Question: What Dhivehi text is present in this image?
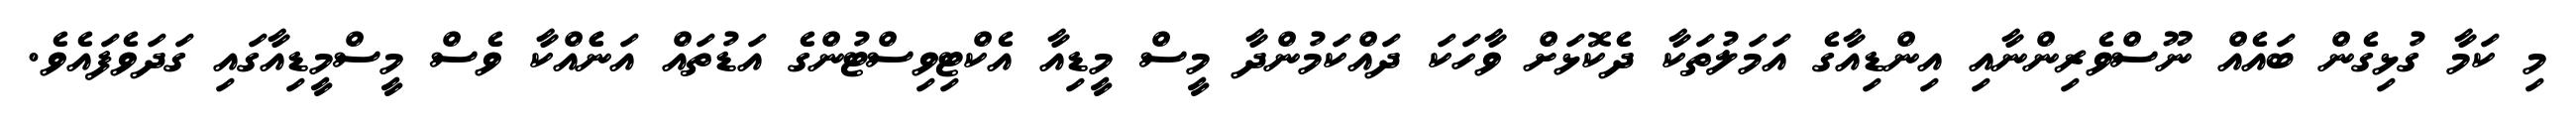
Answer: މި ކަމާ ގުޅިގެން ބައެއް ނޫސްވެރިންނާއި އިންޑިއާގެ އަމަލުތަކާ ދެކޮޅަށް ވާހަކަ ދައްކަމުންދާ މީސް މީޑިއާ އެކްޓިވިސްޓުންގެ އަޑުތައް އަނެެއްކާ ވެސް މީސްމީޑިއާގައި ގަދަވެފައެވެ.